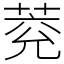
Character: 萒